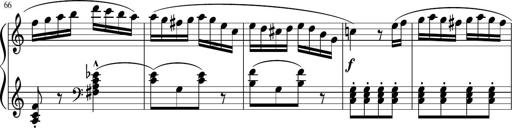
Title: 3 Sonatinen
Composer: Heinrich Lichner